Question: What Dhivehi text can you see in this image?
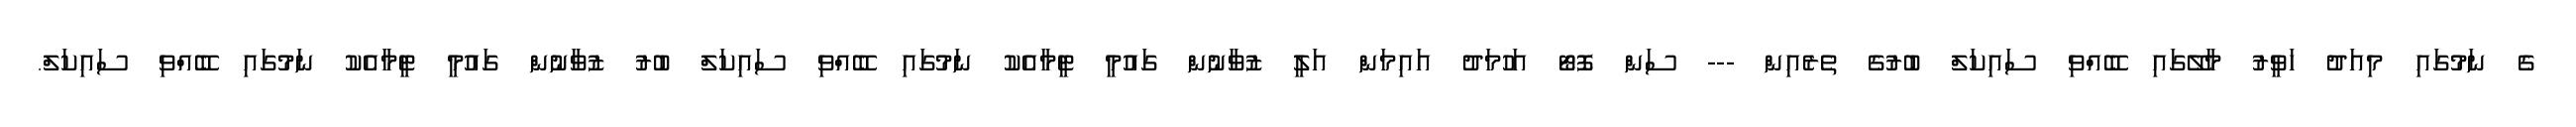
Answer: ގެ ނަމުގައި މިއަދު ހަވީރު މާލޭގައި ބޭއްވި ސައިކަލް ބުރުގެ ތެރެއިން --- ސަން ފޮޓޯ އަހުމަދު އައިމަން އަލީ ޒުވާނުން ގައުމީ ޓީމާއެކު ނަމުގައި ބޭއްވި ސައިކަލް ބުރު ޒުވާނުން ގައުމީ ޓީމާއެކު ނަމުގައި ބޭއްވި ސައިކަލް.